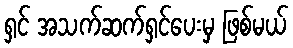
ရှင် အသက်ဆက်ရှင်ပေးမှ ဖြစ်မယ်